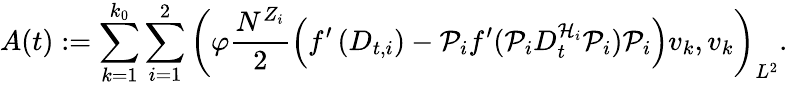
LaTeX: A(t):=\sum_{k=1}^{k_{0}}\sum_{i=1}^{2}\left(\varphi\frac{N^{Z_{i}}}{2}\left(f^{\prime}\left(D_{t,i}\right)-\mathcal{P}_{i}f^{\prime}(\mathcal{P}_{i}D_{t}^{\mathcal{H}_{i}}\mathcal{P}_{i})\mathcal{P}_{i}\right)v_{k},v_{k}\right)_{L^{2}}.